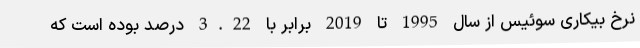
نرخ بیکاری سوئیس از سال 1995 تا 2019 برابر با 3.22 درصد بوده است که